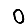
Digit: 0